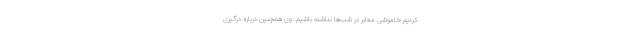
کردیم خاموشی معابر در شب‌ها نداشته باشیم. وی همچنین درباره درگیری